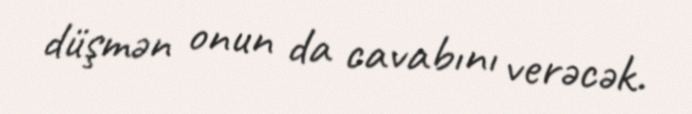
düşmən onun da cavabını verəcək.